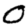
Digit: 0